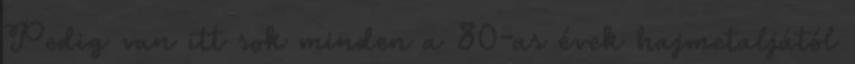
Pedig van itt sok minden a 80-as évek hajmetaljától